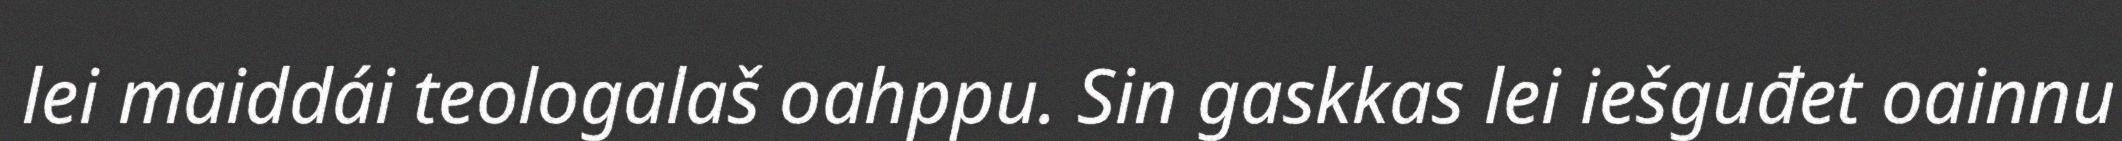
lei maiddái teologalaš oahppu. Sin gaskkas lei iešguđet oainnu